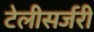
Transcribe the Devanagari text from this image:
टेलीसर्जरी